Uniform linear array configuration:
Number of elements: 64
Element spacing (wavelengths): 0.25
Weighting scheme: blackman
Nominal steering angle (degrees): -60
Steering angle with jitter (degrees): -60.853
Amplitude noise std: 0.05
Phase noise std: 0.05

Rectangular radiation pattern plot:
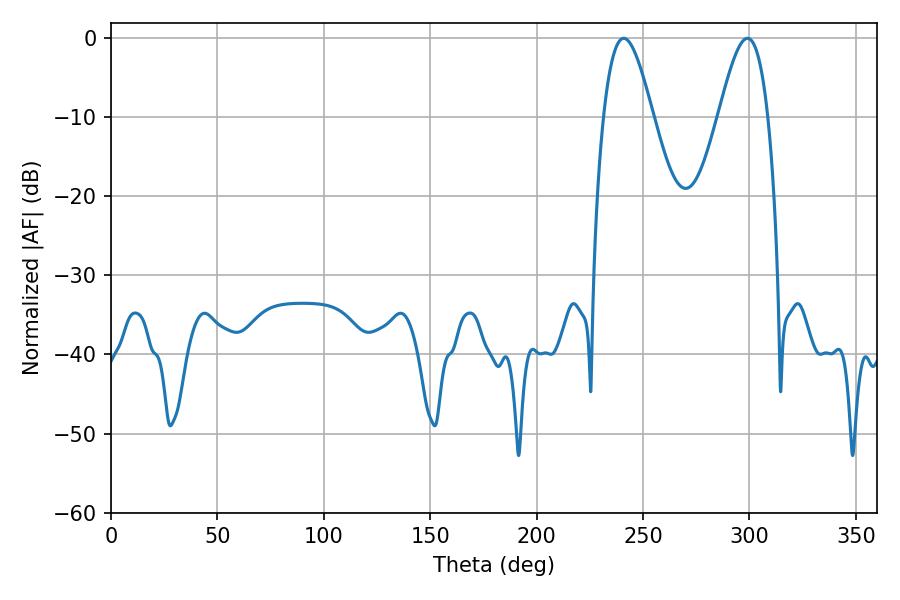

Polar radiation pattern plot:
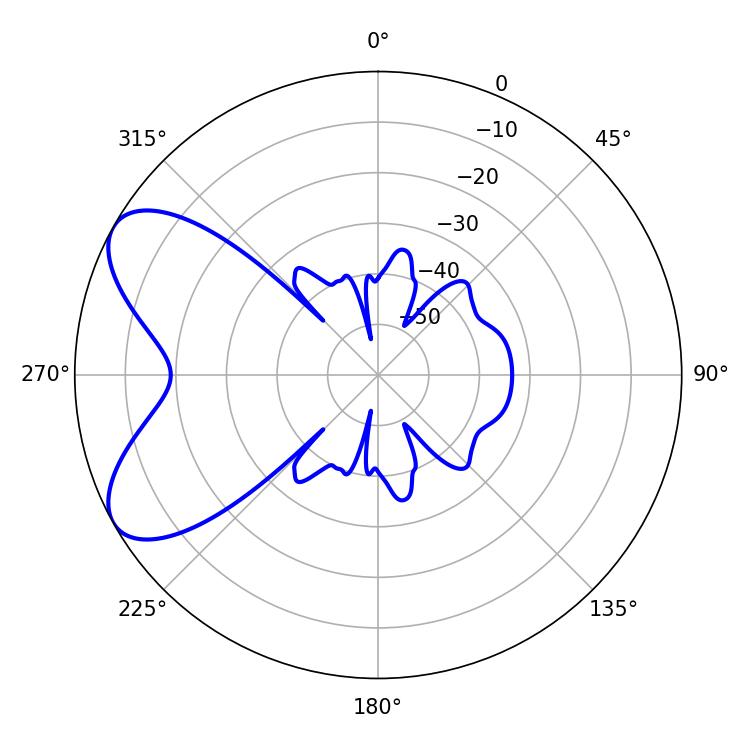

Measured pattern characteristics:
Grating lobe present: FALSE
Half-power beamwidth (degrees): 12.6
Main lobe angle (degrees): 240.84